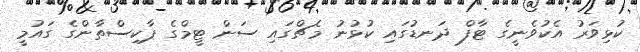
ކުޅިވަރު އެކުވެނީގެ ޓާފް ދަނޑުގައި ކުޅުނު މެޗްގައި ސަން ޓީމްގެ ޕާކިސްތާންގެ ގައުމީ